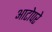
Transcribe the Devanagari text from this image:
आटोपरे